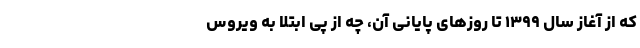
که از آغاز سال ۱۳۹۹ تا روزهای پایانی آن، چه از پی ابتلا به ویروس